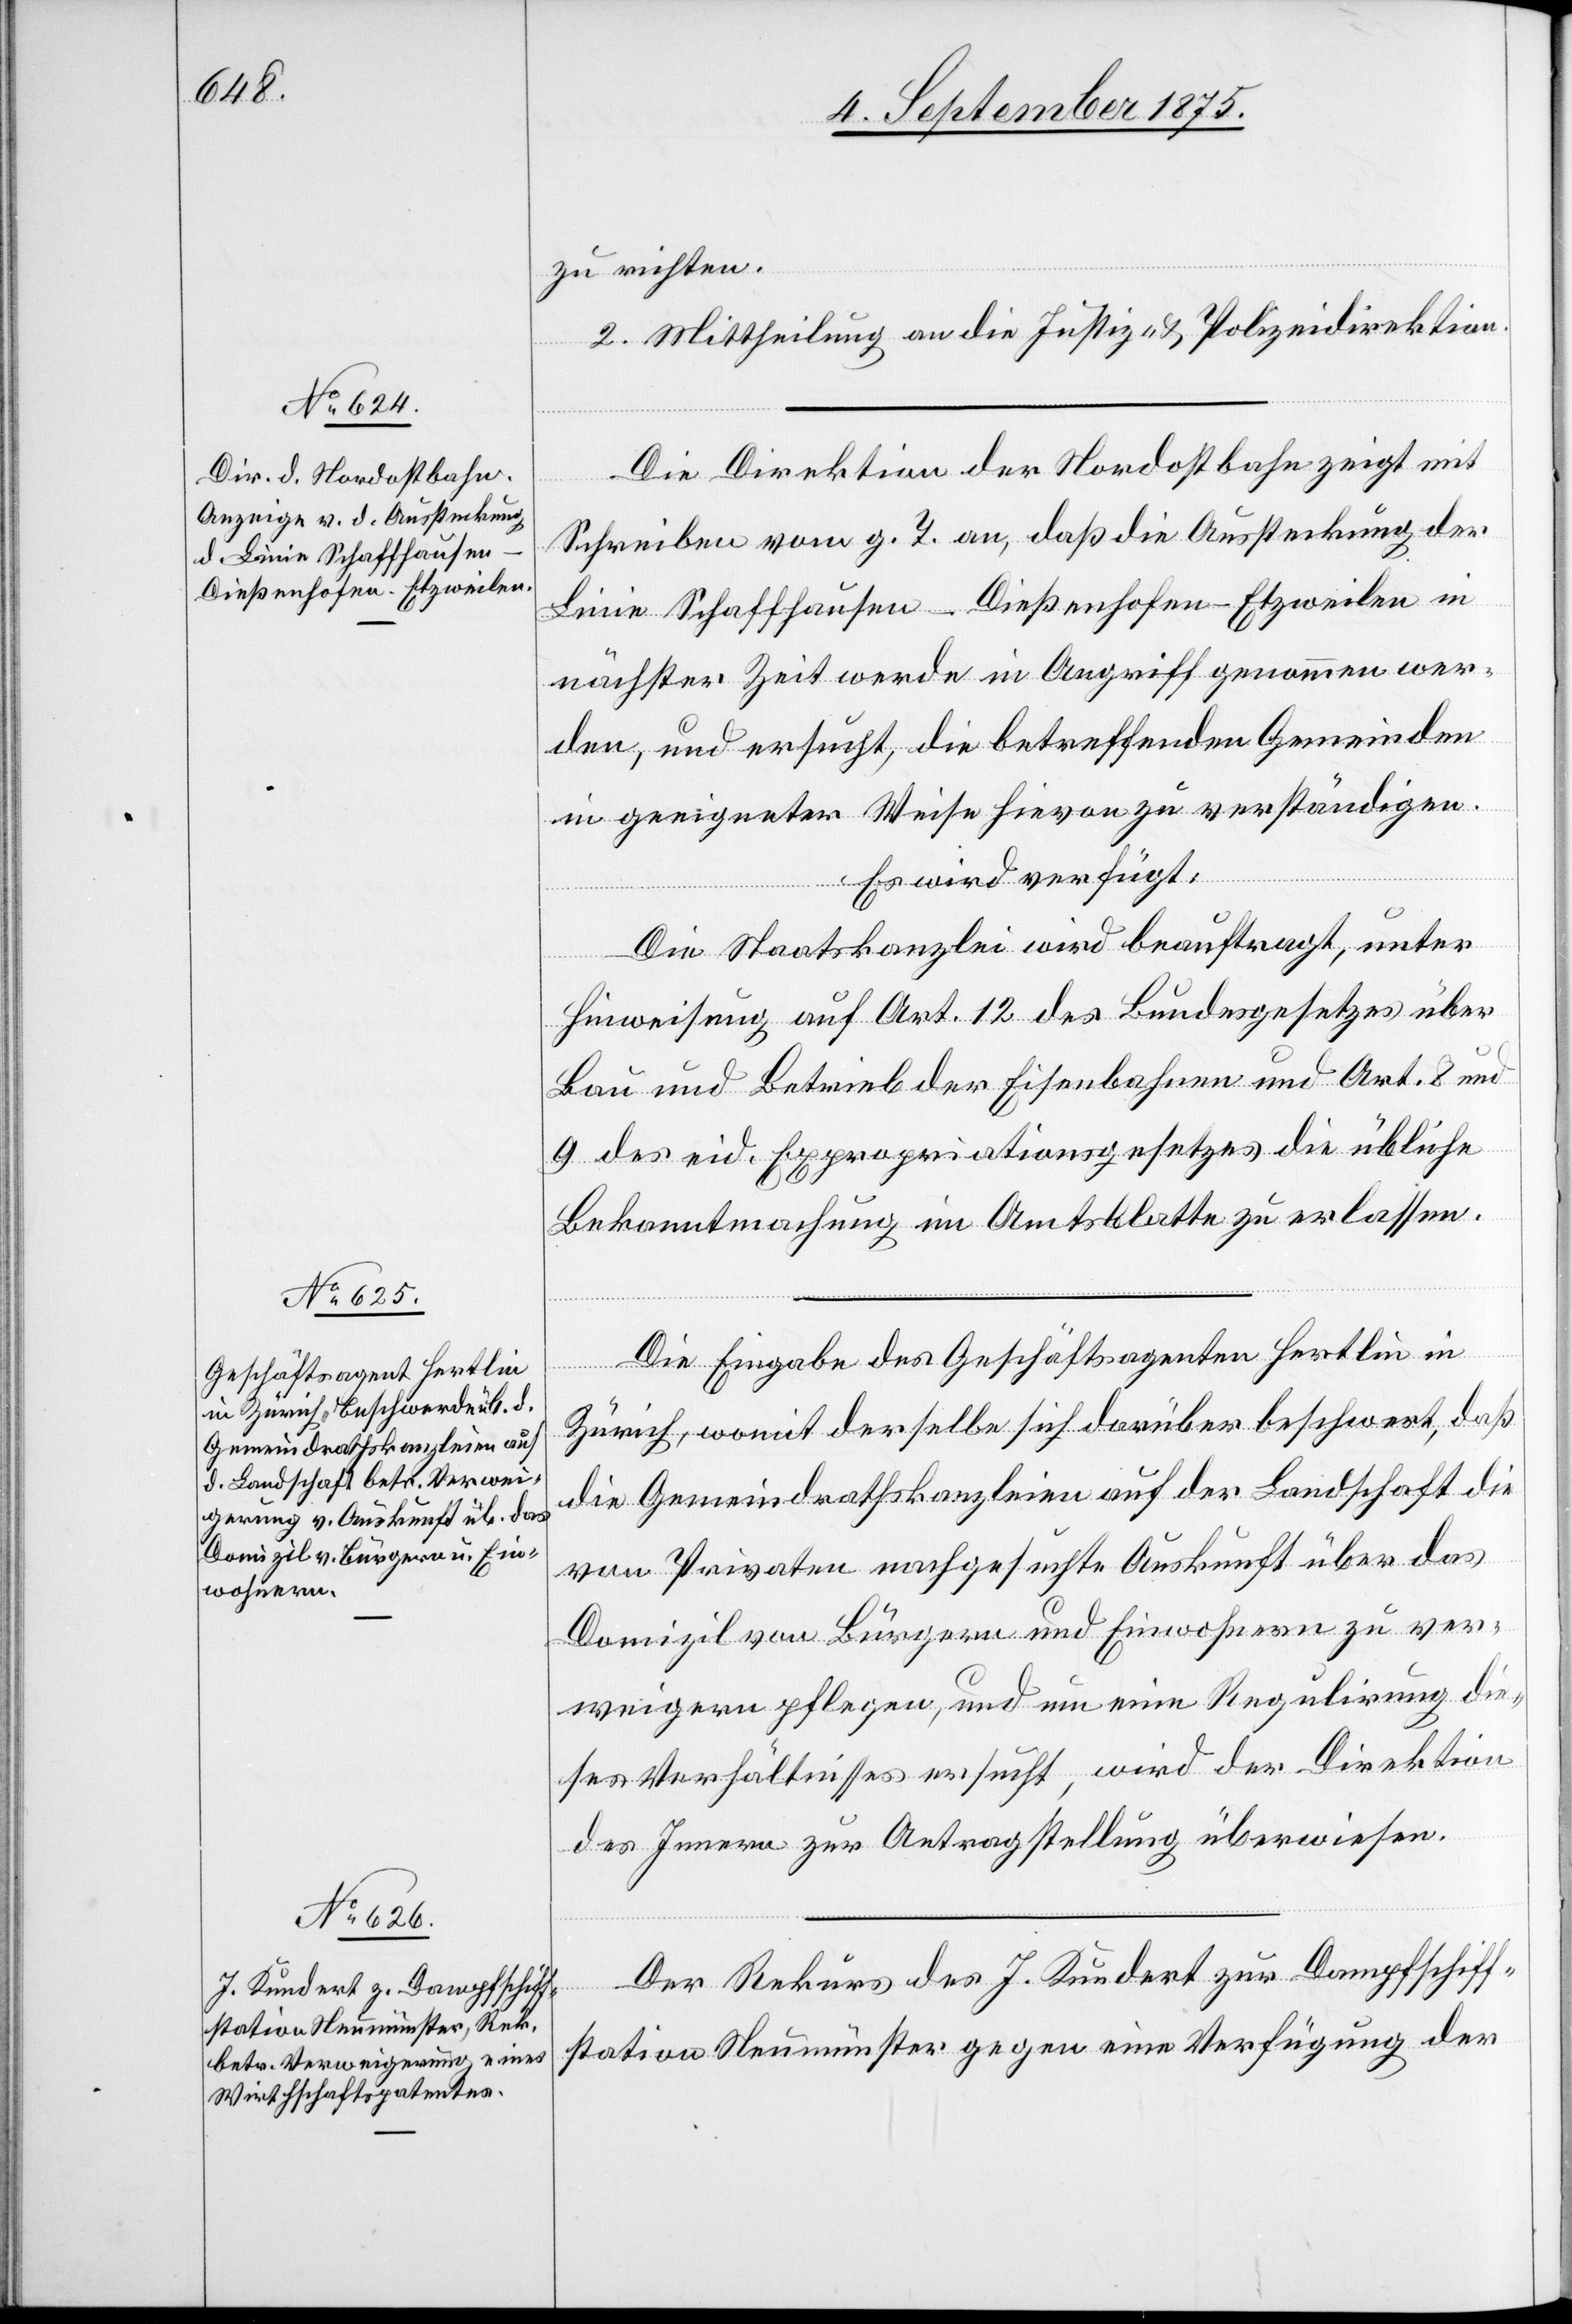
8. September 1875.]
zu richten.
2. Mittheilung an die Justiz- & Polizeidirektion.
Die Direktion der Nordostbahn zeigt mit
Schreiben vom g. T. an, daß die Aussteckung der
Linie Schaffhausen–Dießenhofen–Etzweilen in
nächster Zeit werde in Angriff genommen wer¬
den, und ersucht, die betreffenden Gemeinden
in geeigneter Weise hievon zu verständigen.
Es wird verfügt:
Die Staatskanzlei wird beauftragt, unter
Hinweisung auf Art. 12 des Bundesgesetzes über
Bau und Betrieb der Eisenbahnen und Art. 8 und
9 des eid. Expropriationsgesetzes die übliche
Bekanntmachung im Amtsblatte zu erlassen.
Die Eingabe des Geschäftsagenten Hertlin in
Zürich, womit derselbe sich darüber beschwert, daß
die Gemeindrathskanzleien auf der Landschaft die
von Privaten nachgesuchte Auskunft über das
Domizil von Bürgern und Einwohnern zu ver¬
weigern pflegen, und um eine Regulirung die¬
ses Verhältnisses ersucht, wird der Direktion
des Innern zur Antragstellung überwiesen.
Der Rekurs des J. Kundert zur Dampfschiff¬
station Neumünster gegen eine Verfügung der